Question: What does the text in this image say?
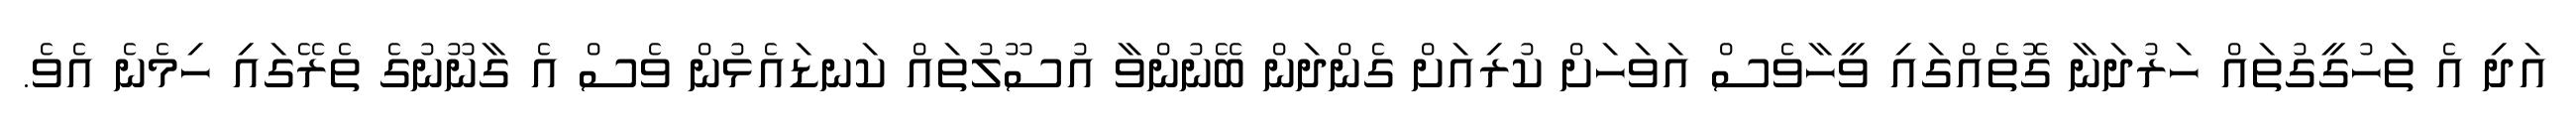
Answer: އަދި އެ ތަހުގީގުތައް ހަރުދަނާ ގޮތެއްގައި ވީހާވެސް އަވަހަށް ކުރިއަށް ގެންދަން ބޭނުންވާ އުސޫލުތައް ކަނޑައެޅުން ވެސް އެ ގާނޫނުގެ ތެރޭގައި ހިމެނެ އެވެ.